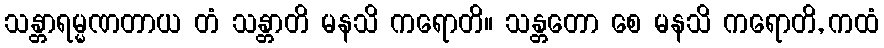
သန္တာရမ္မဏတာယ တံ သန္တာတိ မနသိ ကရောတိ။ သန္တတော စေ မနသိ ကရောတိ, ကထံ